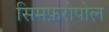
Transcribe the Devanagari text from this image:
सिमफ़रोपोल